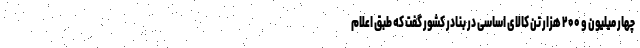
چهار میلیون و ۲۰۰ هزار تن کالای اساسی در بنادر کشور گفت که طبق اعلام